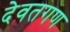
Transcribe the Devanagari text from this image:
देवतगण